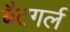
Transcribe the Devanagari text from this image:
बैटगर्ल